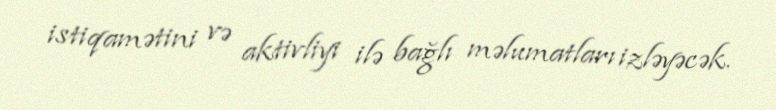
istiqamətini və aktivliyi ilə bağlı məlumatları izləyəcək.